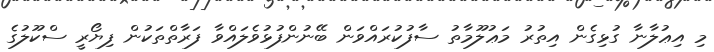
މި އިޢުލާނާ ގުޅިގެން އިތުރު މަޢުލޫމާތު ސާފުކުރައްވަން ބޭނުންފުޅުވެލައްވާ ފަރާތްތަކުން ފިޔޯރީ ސްކޫލުގެ